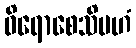
ဝိရောစေသိမဟံ